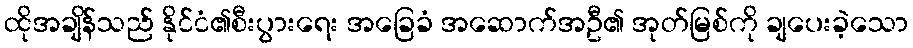
ထိုအချိန်သည် နိုင်ငံ၏စီးပွားရေး အခြေခံ အဆောက်အဦ၏ အုတ်မြစ်ကို ချပေးခဲ့သော